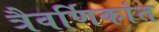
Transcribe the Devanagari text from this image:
त्रैवर्णिकांत